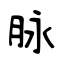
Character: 脉